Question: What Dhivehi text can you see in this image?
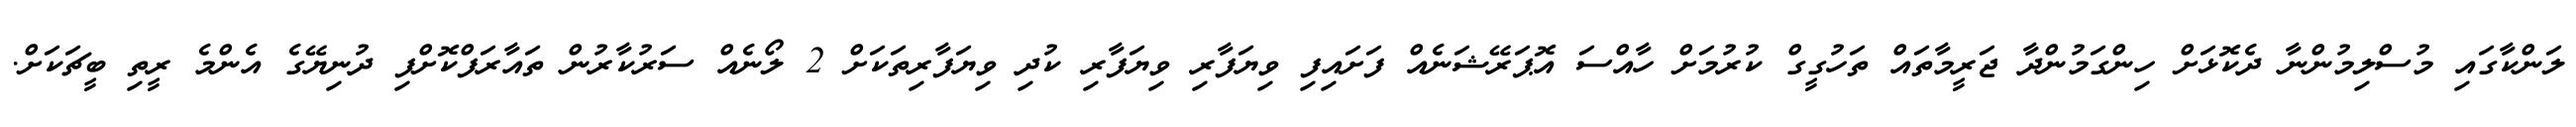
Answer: ލަންކާގައި މުސްލިމުންނާ ދެކޮޅަށް ހިންގަމުންދާ ޖަރީމާތައް ތަހުގީގް ކުރުމަށް ހާއްސަ އޮޕަރޭޝަނެއް ފަށައިފި ވިޔަފާރި ވިޔަފާރި ކުދި ވިޔަފާރިތަކަށް 2 ލޯނެއް ސަރުކާރުން ތައާރަފްކޮށްފި ދުނިޔޭގެ އެންމެ ރީތި ބީޗަކަށް.